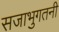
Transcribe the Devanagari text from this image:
सजाभुगतनी